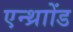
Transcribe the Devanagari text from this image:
एन्थ्राोंड